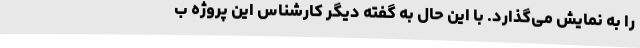
را به نمایش می‌گذارد. با این حال به گفته دیگر کارشناس این پروژه ب